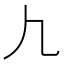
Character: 𰀫